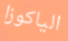
الياكوزا